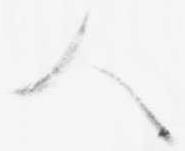
人